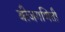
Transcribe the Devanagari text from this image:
बीजगणिती